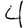
Digit: 4